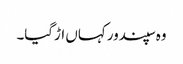
وہ سپندور کہاں اڑگیا۔